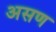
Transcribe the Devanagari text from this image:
असण